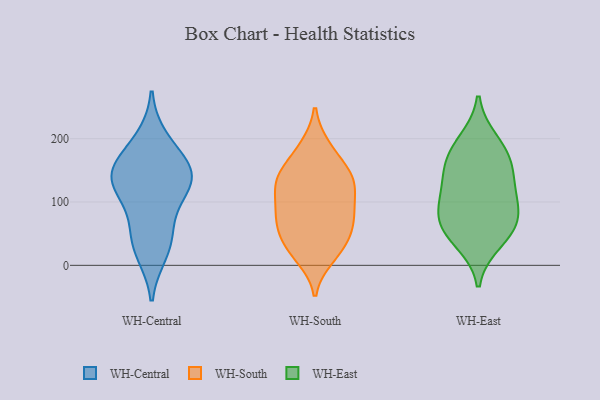
{"axis": {"x": "Temperature (°C)", "y": "Value"}, "legend": ["WH-Central", "WH-East", "WH-South"], "data": [{"x": "", "y": 151, "type": "WH-Central"}, {"x": "", "y": 126, "type": "WH-Central"}, {"x": "", "y": 63, "type": "WH-Central"}, {"x": "", "y": 135, "type": "WH-Central"}, {"x": "", "y": 165, "type": "WH-Central"}, {"x": "", "y": 21, "type": "WH-Central"}, {"x": "", "y": 142, "type": "WH-Central"}, {"x": "", "y": 198, "type": "WH-Central"}, {"x": "", "y": 38, "type": "WH-Central"}, {"x": "", "y": 118, "type": "WH-Central"}, {"x": "", "y": 65, "type": "WH-South"}, {"x": "", "y": 144, "type": "WH-South"}, {"x": "", "y": 123, "type": "WH-South"}, {"x": "", "y": 105, "type": "WH-South"}, {"x": "", "y": 58, "type": "WH-South"}, {"x": "", "y": 79, "type": "WH-South"}, {"x": "", "y": 140, "type": "WH-South"}, {"x": "", "y": 144, "type": "WH-South"}, {"x": "", "y": 14, "type": "WH-South"}, {"x": "", "y": 28, "type": "WH-South"}, {"x": "", "y": 184, "type": "WH-South"}, {"x": "", "y": 82, "type": "WH-South"}, {"x": "", "y": 65, "type": "WH-South"}, {"x": "", "y": 134, "type": "WH-South"}, {"x": "", "y": 186, "type": "WH-South"}, {"x": "", "y": 95, "type": "WH-South"}, {"x": "", "y": 36, "type": "WH-South"}, {"x": "", "y": 22, "type": "WH-South"}, {"x": "", "y": 135, "type": "WH-South"}, {"x": "", "y": 68, "type": "WH-East"}, {"x": "", "y": 138, "type": "WH-East"}, {"x": "", "y": 60, "type": "WH-East"}, {"x": "", "y": 38, "type": "WH-East"}, {"x": "", "y": 166, "type": "WH-East"}, {"x": "", "y": 195, "type": "WH-East"}, {"x": "", "y": 104, "type": "WH-East"}, {"x": "", "y": 71, "type": "WH-East"}, {"x": "", "y": 114, "type": "WH-East"}, {"x": "", "y": 171, "type": "WH-East"}]}